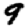
Digit: 9